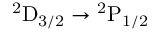
\mathrm { { } ^ { 2 } D _ { 3 / 2 } \to { } ^ { 2 } P _ { 1 / 2 } }